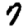
Digit: 7